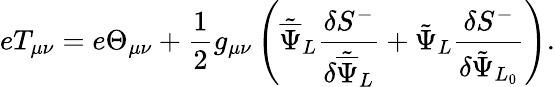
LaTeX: eT_{\mu\nu}=e\Theta_{\mu\nu}+\frac{1}{2}g_{\mu\nu}\left({\tilde{\overline{{\Psi}}}}_{L}\frac{\delta{S}^{-}}{\delta{\tilde{\overline{{\Psi}}}}_{L}}+{\tilde{\Psi}}_{L}\frac{\delta{S}^{-}}{\delta{\tilde{\Psi}}_{L_{0}}}\right).